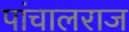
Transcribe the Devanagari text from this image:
पांचालराज